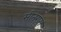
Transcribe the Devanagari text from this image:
सीतराम